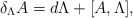
\begin{align*}\delta_{\Lambda} A = d\Lambda + [A, \Lambda],\end{align*}